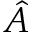
\hat { A }